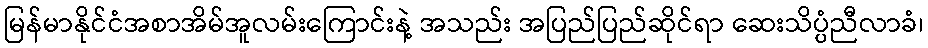
မြန်မာနိုင်ငံအစာအိမ်အူလမ်းကြောင်းနဲ့ အသည်း အပြည်ပြည်ဆိုင်ရာ ဆေးသိပ္ပံညီလာခံ၊